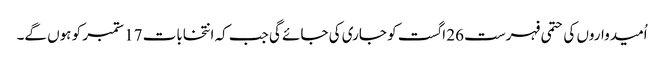
اُمیدواروں کی حتمی فہرست 26 اگست کو جاری کی جائے گی جب کہ انتخابات 17 ستمبر کو ہوں گے۔